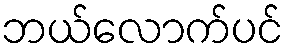
ဘယ်လောက်ပင်